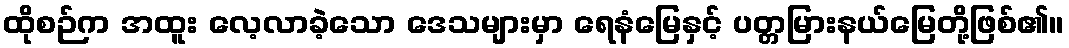
ထိုစဉ်က အထူး လေ့လာခဲ့သော ဒေသများမှာ ရေနံမြေနှင့် ပတ္တမြားနယ်မြေတို့ဖြစ်၏။